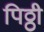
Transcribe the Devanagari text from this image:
पिठ्ठी